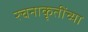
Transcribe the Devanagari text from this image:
रचनाकृतींच्या